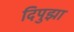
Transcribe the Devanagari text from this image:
दिपुझा